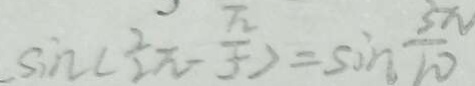
\sin ( \frac { 2 } { 2 } \pi - \frac { \pi } { 5 } ) = \sin \frac { 3 \pi } { 1 0 }